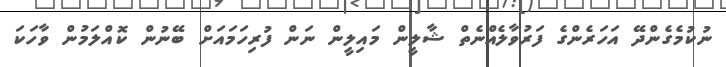
ނުކުމެގެންދޭ އަހަރެންގެ ފަރުވާލެއްނެތް ޝާލީން މައިލީން ނަން ފުރިހަމައަށް ބޭނުން ކޮއްލަމުން ވާހަކަ